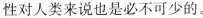
性对人类来说也是必不可少的。